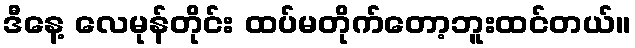
ဒီနေ့ လေမုန်တိုင်း ထပ်မတိုက်တော့ဘူးထင်တယ်။